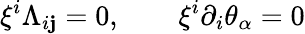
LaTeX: \xi^{i}\Lambda_{i\mathbf{j}}=0,\qquad\xi^{i}\partial_{i}\theta_{\alpha}=0